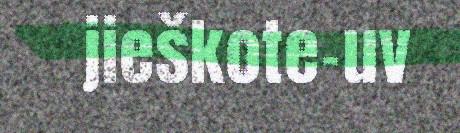
jieškote-uv